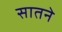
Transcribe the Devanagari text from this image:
सातने